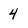
Character: 4